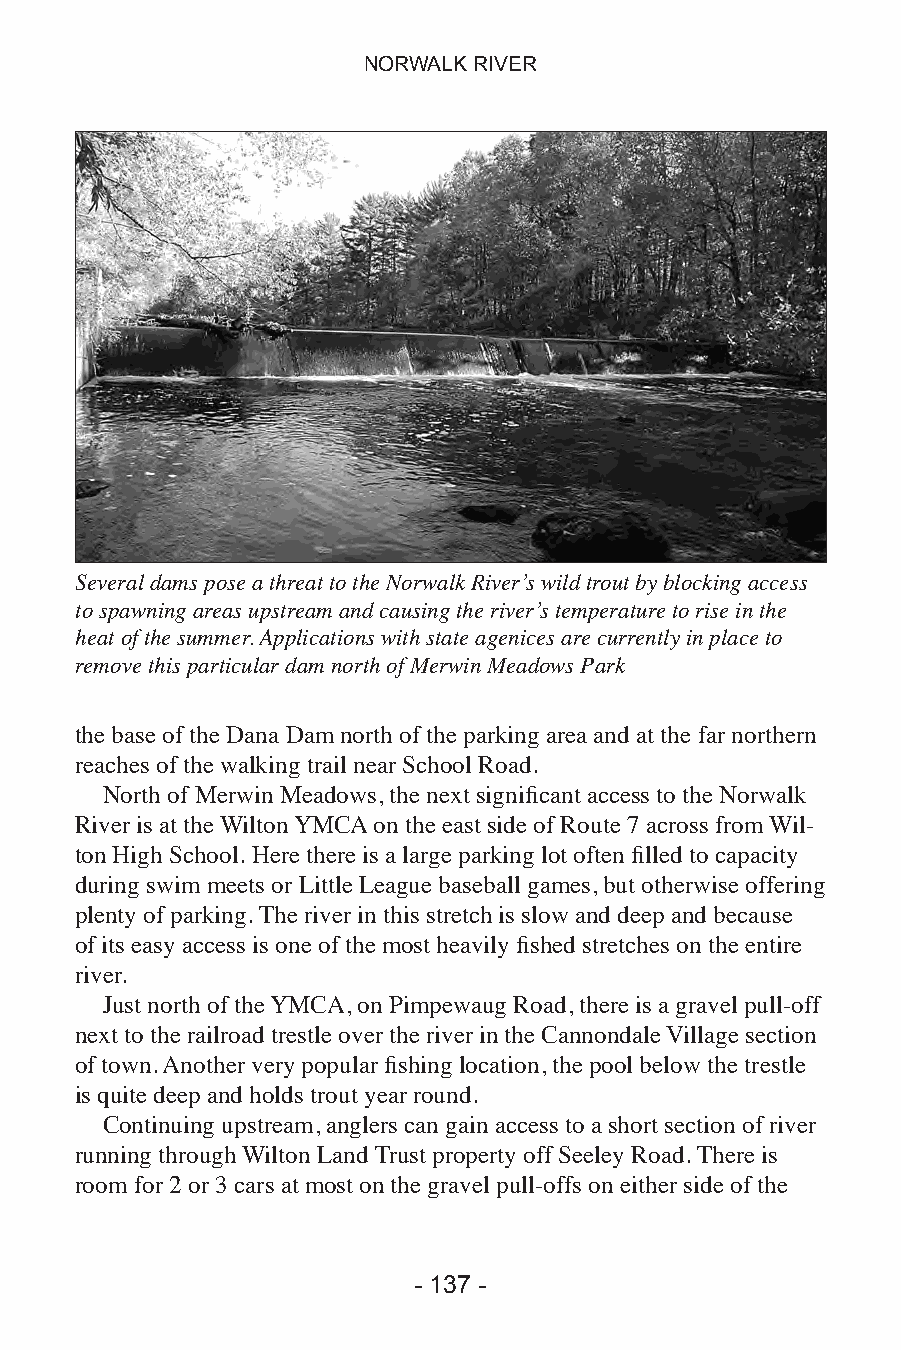
NORWALK RIVER
 Several dams pose a threat to the Norwalk River’s wild trout by blocking access
 to spawning areas upstream and causing the river’s temperature to rise in the
 heat of the summer. Applications with state agenices are currently in place to
 remove this particular dam north of Merwin Meadows Park
 the base of the Dana Dam north of the parking area and at the far northern
 reaches of the walking trail near School Road.
 North of Merwin Meadows, the next significant access to the Norwalk
 River is at the Wilton YMCA on the east side of Route 7 across from Wil-
 ton High School. Here there is a large parking lot often filled to capacity
 during swim meets or Little League baseball games, but otherwise offering
 plenty of parking. The river in this stretch is slow and deep and because
 of its easy access is one of the most heavily fished stretches on the entire
 river.
 Just north of the YMCA, on Pimpewaug Road, there is a gravel pull-off
 next to the railroad trestle over the river in the Cannondale Village section
 of town. Another very popular fishing location, the pool below the trestle
 is quite deep and holds trout year round.
 Continuing upstream, anglers can gain access to a short section of river
 running through Wilton Land Trust property off Seeley Road. There is
 room for 2 or 3 cars at most on the gravel pull-offs on either side of the
 - 136 -                    - 137 -